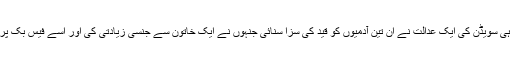
منگل کو ہی سویڈن کی ایک عدالت نے ان تین آدمیوں کو قید کی سزا سنائی جنہوں نے ایک خاتون سے جنسی زیادتی کی اور اسے فیس بک پر نشر کیا۔